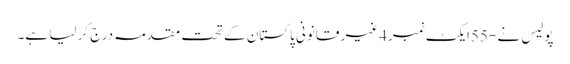
پولیس نے -55ایکٹ نمبر4غیر قانونی پاکستان کے تحت مقدمہ درج کر لیا ہے۔